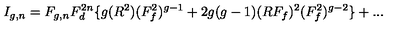
I _ { g , n } = F _ { g , n } F _ { d } ^ { 2 n } \{ g ( R ^ { 2 } ) ( F _ { f } ^ { 2 } ) ^ { g - 1 } + 2 g ( g - 1 ) ( R F _ { f } ) ^ { 2 } ( F _ { f } ^ { 2 } ) ^ { g - 2 } \} + . . .